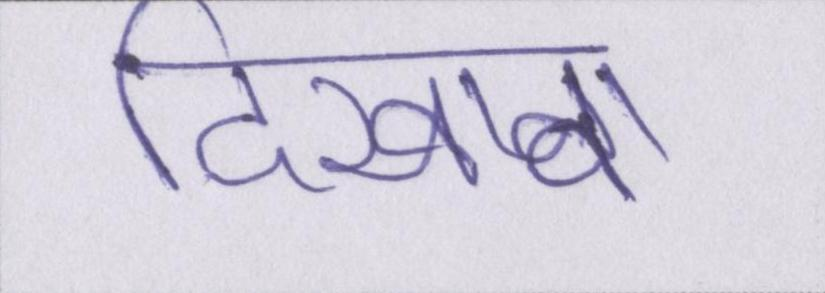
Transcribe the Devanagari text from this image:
दिखावा